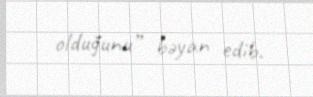
olduğunu” bəyan edib.